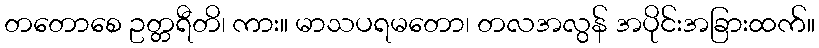
တတောစေ ဥတ္တရီတိ၊ ကား။ မာသပရမတော၊ တလအလွန် အပိုင်းအခြားထက်။